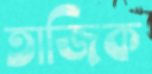
তাজিক